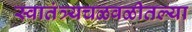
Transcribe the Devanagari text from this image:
स्वातंत्र्यचळवळीतल्या